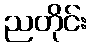
ညတိုင်း